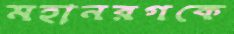
মহানরগকে